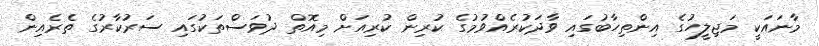
މާނައަކީ މަޖިލީހުގެ އިންތިހާބުގައި ވާދަކުރެއްވުމުގެ ކުރިން ކުރިއަށް މިއޮތް ދުވަސްތަކުގައި ސަރުކާރުގެ ތެރެއިން